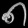
Digit: ၈